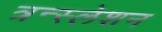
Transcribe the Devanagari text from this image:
त्रन्स्लेशन